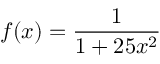
f ( x ) = { \frac { 1 } { 1 + 2 5 x ^ { 2 } } }